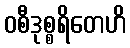
ဝစီဒုစ္စရိတေဟိ